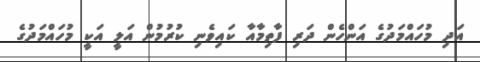
އަދި މުހައްމަދުގެ އަންހެން ދަރި ފާތިމާއާ ކައިވެނި ކުރުމުން އަލީ އަކީ މުހައްމަދުގެ